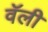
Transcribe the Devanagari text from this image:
वॅली